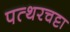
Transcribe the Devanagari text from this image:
पत्थरचट्टा